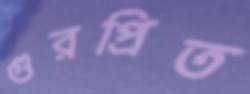
গুরপ্রিত